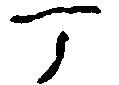
可